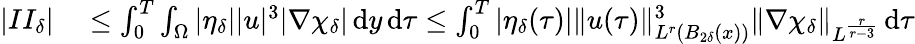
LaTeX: \begin{array}{rl}{|II_{\delta}|}&{{}\leq\int_{0}^{T}\int_{\Omega}|\eta_{\delta}||u|^{3}|\nabla\chi_{\delta}|\, \mathrm{d}y\, \mathrm{d}\tau\leq\int_{0}^{T}|\eta_{\delta}(\tau)|\| u(\tau)\| _{L^{r}(B_{2\delta}(x))}^{3}\| \nabla\chi_{\delta}\| _{L^{\frac{r}{r-3}}}\, \mathrm{d}\tau}\end{array}